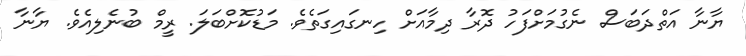
ޔާނާ އަތްދަބަސް ނެގުމަށްފަހު ދޮރާ ދިމާއަށް ހިނގައިގަތެވެ. މަޑުކޮށްބަލަ. ރީމް ބުނެލިއެވެ. ޔާނާ